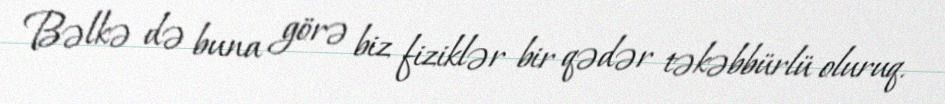
Bəlkə də buna görə biz fiziklər bir qədər təkəbbürlü oluruq.